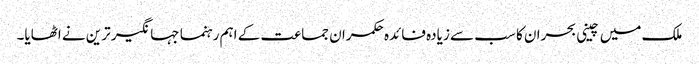
ملک میں چینی بحران کا سب سے زیادہ فائدہ حکمران جماعت کے اہم رہنما جہانگیر ترین نے اٹھایا۔